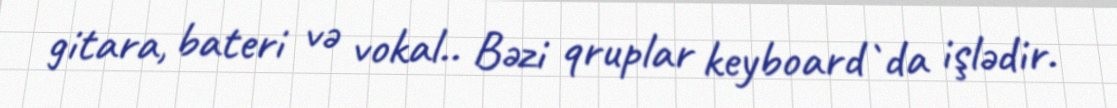
gitara, bateri və vokal.. Bəzi qruplar keyboard`da işlədir.